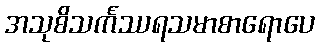
အသုစိသင်္ကဿရသမာစာရောပေ